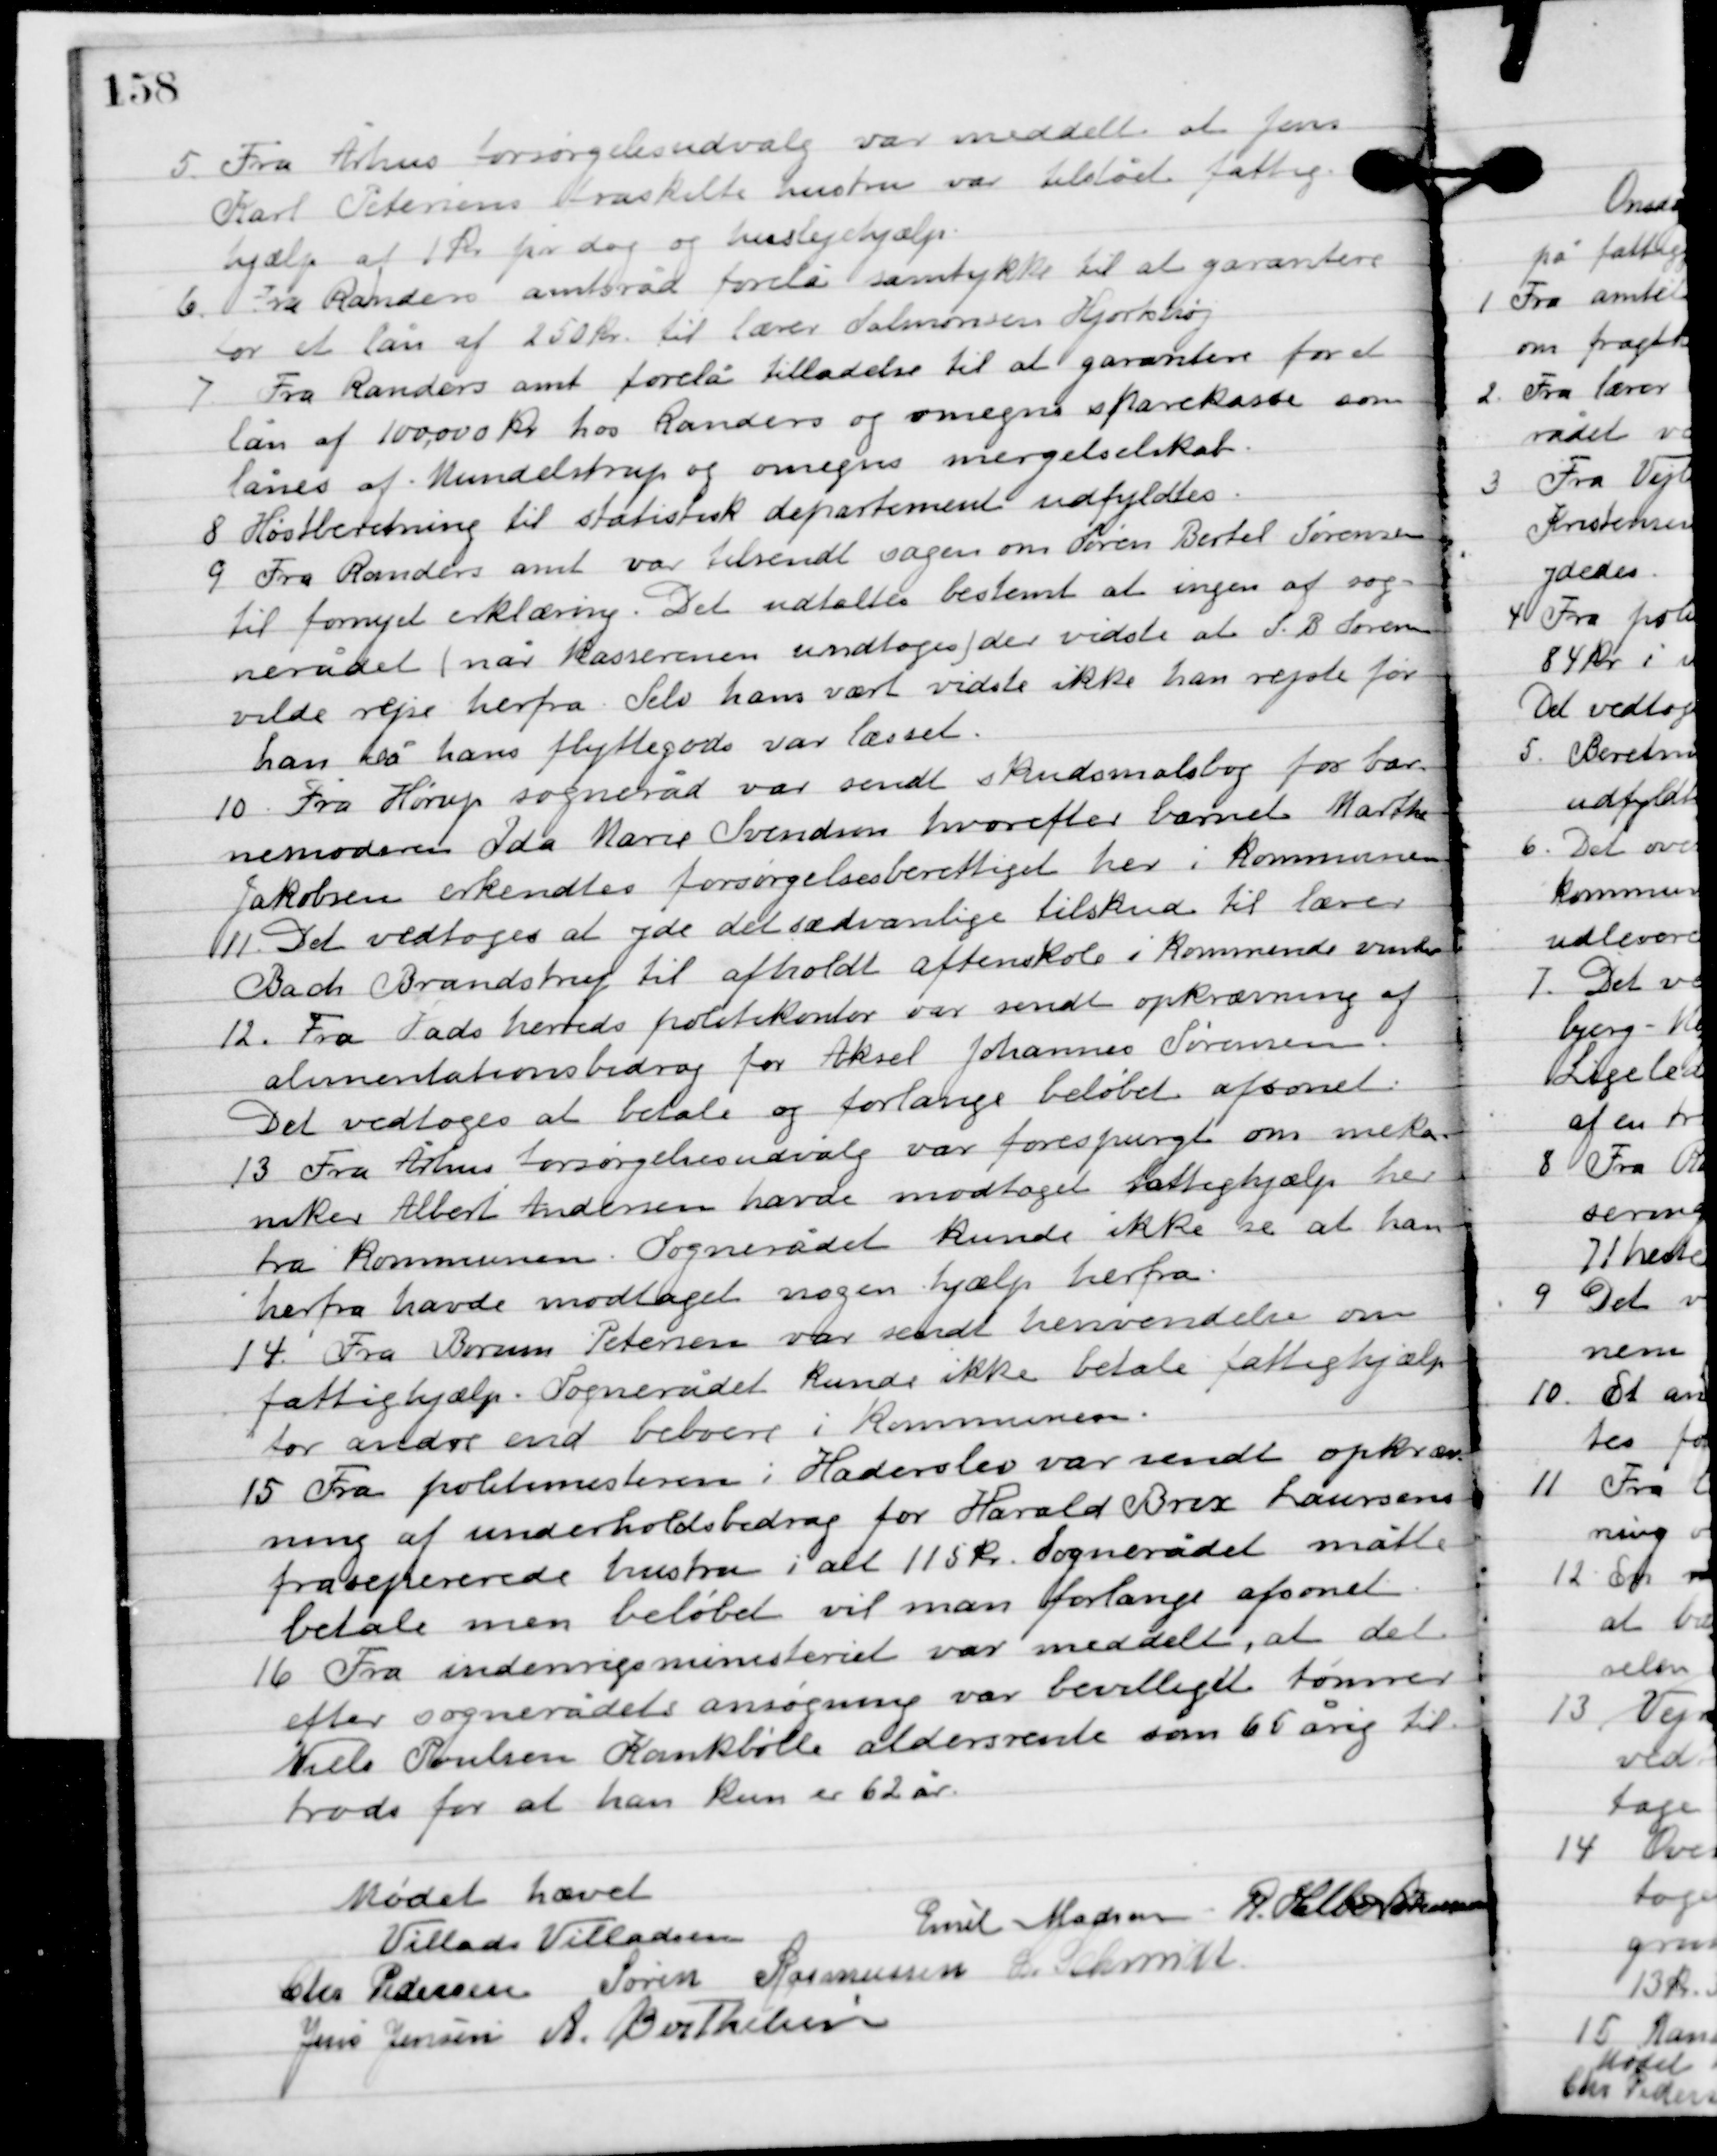
Transskription:
5

Fra Århus forsørgelsesudvalg var meddelt at Jens
Karl Petersens fraskilte hustru var tilstået fattig-
hjælp af 1 kr. pr dag og huslejehjælp.

6

Fra Randers amtsråd forelå samtykke til at garantere
for et lån af 250 kr. til lærer Salomonsen Hjortshøj.

7

Fra Randers amtsråd forelå tilladelse til at garantere for et
lån af 100.000 kr. hos Randers og omegns sparekasse som
lånes af Mundelstrup og omegns mergelselskab.

8

Høstberetning til statistisk departement udfyldtes.

9

Fra Randers amt var tilsendt sagen om Søren Bertel Sørensen
til fornyet erklæring. Det udtaltes bestemt at ingen af sog-
nerådet (når kasserne undtoges) der vidste at S. B. Sørensen
vilde rejse herfra selv hans vært vidste ikke ham rejste før
han så hans flyttegods var læsset.

10

Fra Horup sogneråd var sendt skudsmålsbog for bar-
nemoderen Ida Marie Iversen hvorefter barnet Marthe
Jakobsen erkendtes forsørgelsesberettiget her i kommunen.

11

Det vedtoges at yde det sædvanlige tilskud til lærer
Bach Brandstrup ti lafholdt aftenskole i kommende vinter.

12

Fra Hads herreds politikontor var sendt opkrævning af
alimentationsbidrag for Aksel Johannes Sørensen.
Det vedtoges at betale og forlange beløbet afsonet.

13

Fra Århus forsørgelsesudvalg var forespurgt om meka-
niker Albert Andersen have modtaget fattighjælp her
fra kommunen. Sognerådet kunde ikke se at han
herfra havde modtaget nogen hjælp herfra.

14

Fra Brun Petersen var sendt henvendelse om
fattighjælp. Sognerådet kunde ikke betale fattighjælp
for andre end beboere i kommunen.

15

Fra politimesteren i Haderslev var sendt opkrævning
af underholdsbidrag for Harald Brex Laursens
fraseparerede hustru i alt 115 kr. Sognerådet måtte
betale men beløbet vil man forlange afsonet.

16

Fra indenrigsministeriet var meddelt, at det
efter sognerådets ansøgning var bevilliget tømrer
Niels Poulsen Krankbølle aldersrente som 65 årig til
trods for at an kun er 62 år.

Mødet hævet.

Villads J. Villadsen
Emil Madsen
R. Helbo Sørensen
Chr. Pedersen
Søren Rasmussen
I. Schmidt
Jens Jensen
A. Berthelsen